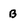
Character: B